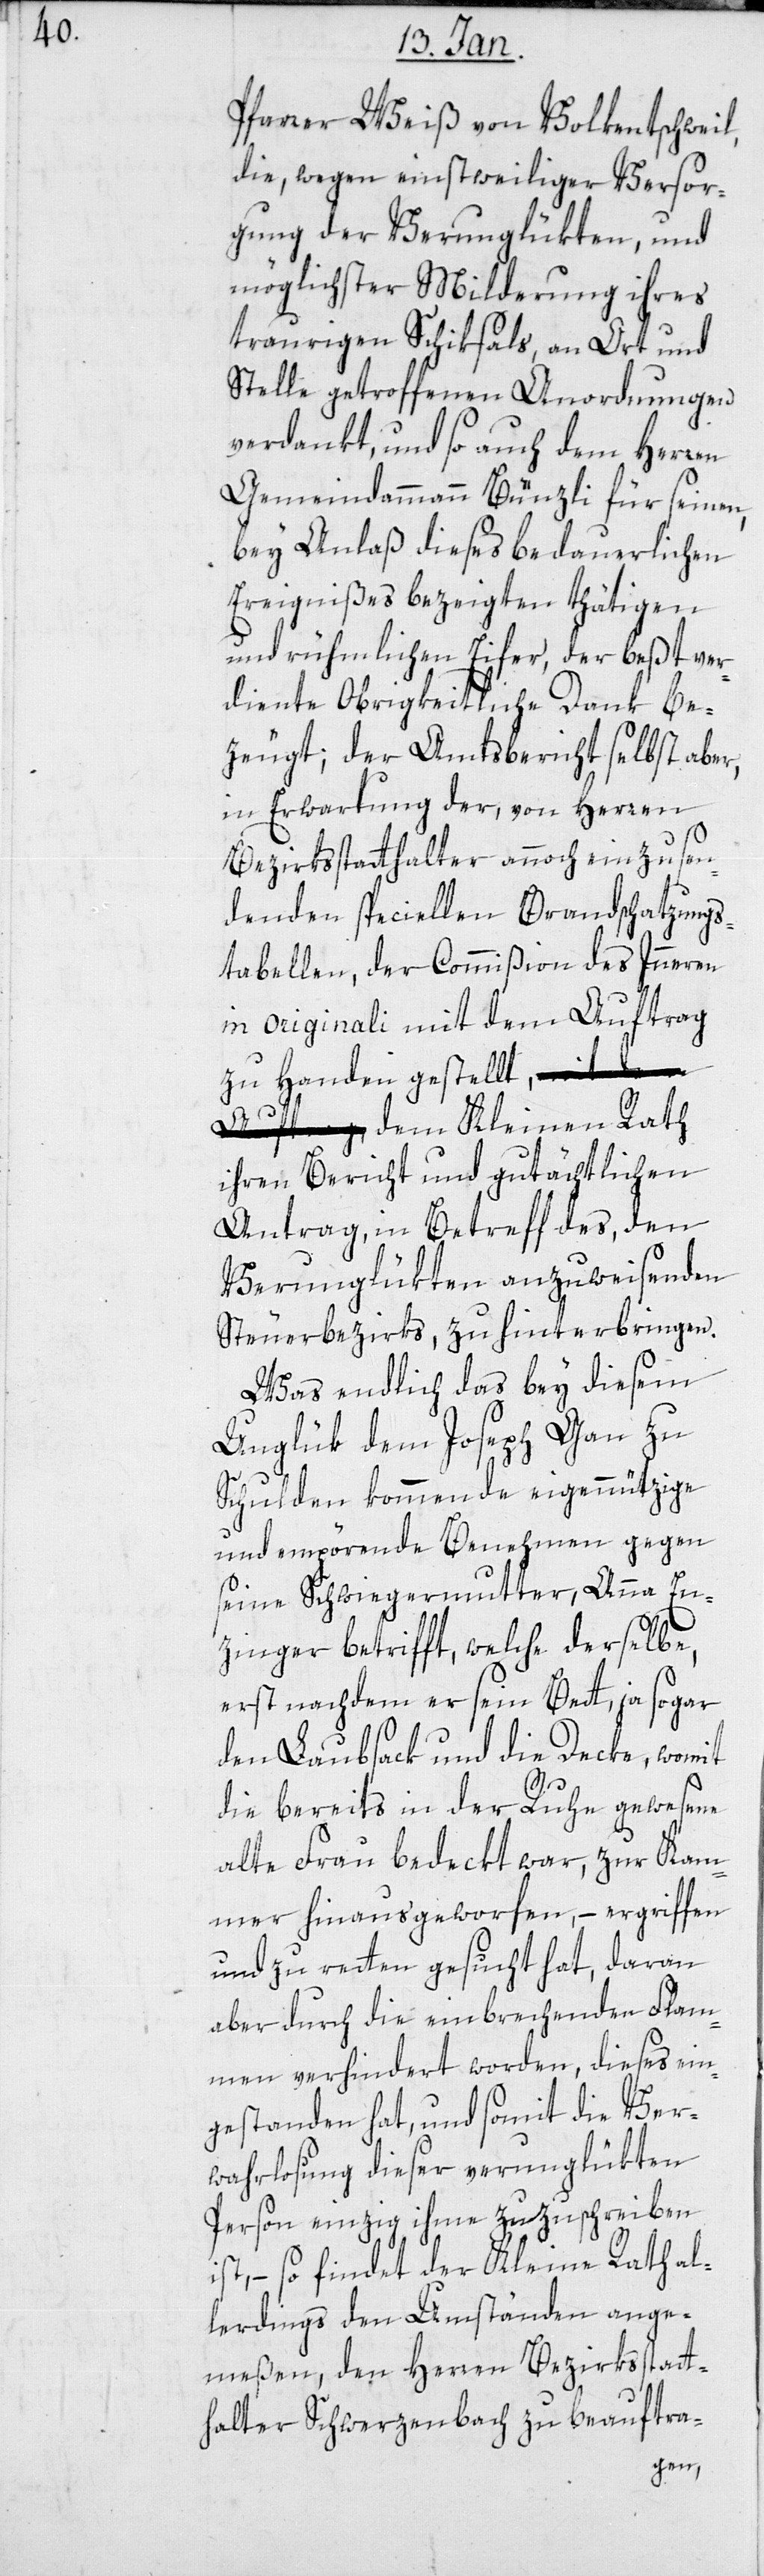
Pfarrer Weiß von Volkentschweil,
die wegen einstweiliger Versor¬
gung der Verunglückten, und
möglichster Milderung ihres
traurigen Schiksals an Ort und
Stelle getroffenen Anordnungen
verdankt, und so auch dem Herren
Gemeindammann Bünzli für seinen,
bey Anlaß dieses bedauerlichen
Ereignißes bezeigten thätigen
und rühmlichen Eifer, der bestver¬
diente Obrigkeitliche Dank be¬
zeugt; der Amtsbericht selbst aber,
in Erwartung der von Herren
Bezirksstatthalter annoch einzusen¬
denden speciellen Brandschatzungs¬
tabellen, der Commißion des Innern
in originali mit dem Auftrag
zu Handen gestellt, dem Kleinen Rath
ihren Bericht und gutächtlichen
Antrag, in Betreff des, den
Verunglükten anzuweisenden
Steuerbezirks, zu hinterbringen.
Was endlich das bey diesem
Unglück dem Joseph Gan zu
Schulden kommende eigennützige
und empörende Benehmen gegen
seine Schwiegermutter, Anna En¬
zinger betrifft, welche derselbe,
erst nachdem er sein Bett, ja sogar
den Laubsack und die Decke, womit
die bereits in der Ruhe gewesene
alte Frau bedeckt war, zur Kam¬
mer hinausgeworfen, – ergriffen
und zu retten gesucht hat, daran
aber durch die einbrechenden Flam¬
men verhindert worden, dieses ein¬
gestanden hat, und somit die Ver¬
wahrlosung dieser verunglükten
Person einzig ihme zuzuschreiben
ist, – so findet der Kleine Rath al¬
lerdings den Umständen ange¬
meßen, den Herren Bezirksstatt¬
halter Schwerzenbach zu beauftra-